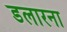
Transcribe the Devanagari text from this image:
डलारना